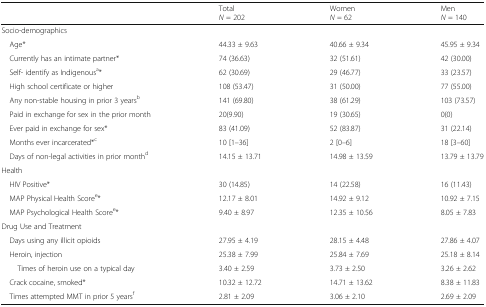
|  | TotalN = 202 | WomenN = 62 | MenN = 140 |
 | --- | --- | --- | --- |
 | <COLSPAN=4> Socio-demographics |
 | Age* | 44.33 ± 9.63 | 40.66 ± 9.34 | 45.95 ± 9.34 |
 | Currently has an intimate partner* | 74 (36.63) | 32 (51.61) | 42 (30.00) |
 | Self- identify as Indigenousa* | 62 (30.69) | 29 (46.77) | 33 (23.57) |
 | High school certificate or higher | 108 (53.47) | 31 (50.00) | 77 (55.00) |
 | Any non-stable housing in prior 3 yearsb | 141 (69.80) | 38 (61.29) | 103 (73.57) |
 | Paid in exchange for sex in the prior month | 20(9.90) | 19 (30.65) | 0(0) |
 | Ever paid in exchange for sex* | 83 (41.09) | 52 (83.87) | 31 (22.14) |
 | Months ever incarcerated*c | 10 [1–36] | 2 [0–6] | 18 [3–60] |
 | Days of non-legal activities in prior monthd | 14.15 ± 13.71 | 14.98 ± 13.59 | 13.79 ± 13.79 |
 | <COLSPAN=4> Health |
 | HIV Positive* | 30 (14.85) | 14 (22.58) | 16 (11.43) |
 | MAP Physical Health Scoree* | 12.17 ± 8.01 | 14.92 ± 9.12 | 10.92 ± 7.15 |
 | MAP Psychological Health Scoree* | 9.40 ± 8.97 | 12.35 ± 10.56 | 8.05 ± 7.83 |
 | <COLSPAN=4> Drug Use and Treatment |
 | Days using any illicit opioids | 27.95 ± 4.19 | 28.15 ± 4.48 | 27.86 ± 4.07 |
 | Heroin, injection | 25.38 ± 7.99 | 25.84 ± 7.69 | 25.18 ± 8.14 |
 | Times of heroin use on a typical day | 3.40 ± 2.59 | 3.73 ± 2.50 | 3.26 ± 2.62 |
 | Crack cocaine, smoked* | 10.32 ± 12.72 | 14.71 ± 13.62 | 8.38 ± 11.83 |
 | Times attempted MMT in prior 5 yearsf | 2.81 ± 2.09 | 3.06 ± 2.10 | 2.69 ± 2.09 |